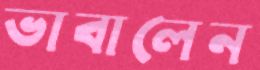
ভাবালেন